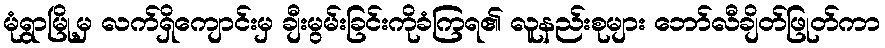
မုံရွာမြို့မှ လက်ရှိကျောင်းမှ ချီးမွမ်းခြင်းကိုခံကြရ၏ လူနည်းစုများ ဘော်လီချိတ်ဖြုတ်ကာ